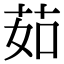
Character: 茹